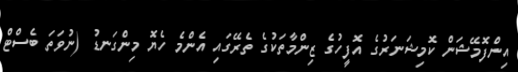
އިންފޮމޭޝަން ކޮމިޝަނަރުގެ އޮފީހުގެ ޒިންމާތަކުގެ ތެރޭގައި އެންމެ ހެޔޮ މިންގަނޑު (ނުވަތަ ބެސްޓް